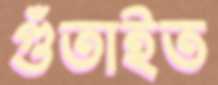
গুঁতাইত